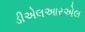
ડીએલઆરએલ